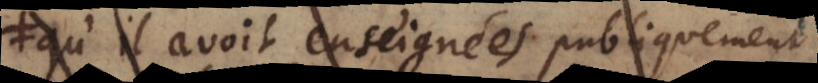
qu’il avoit enseignées publiquement